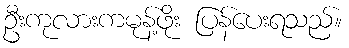
ဦးကုလားကမုန့်ဖိုး ပြန်ပေးရသည်။